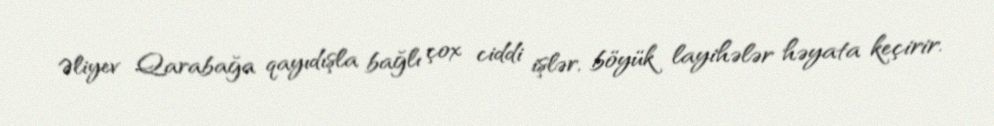
Əliyev Qarabağa qayıdışla bağlı çox ciddi işlər, böyük layihələr həyata keçirir.